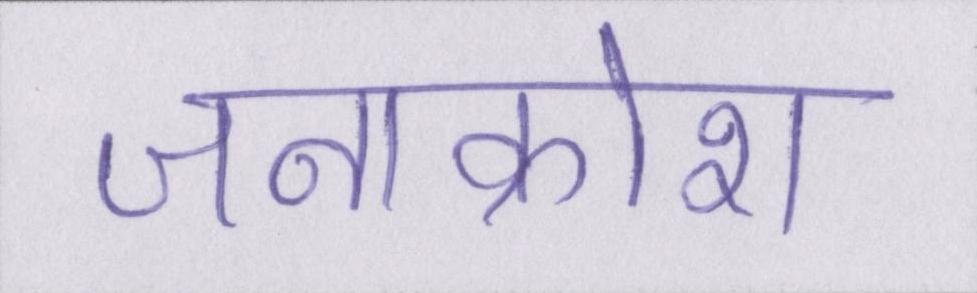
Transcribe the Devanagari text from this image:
जनाक्रोश